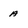
Character: a